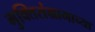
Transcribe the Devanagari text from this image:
मुक्तिसंग्रामाच्या